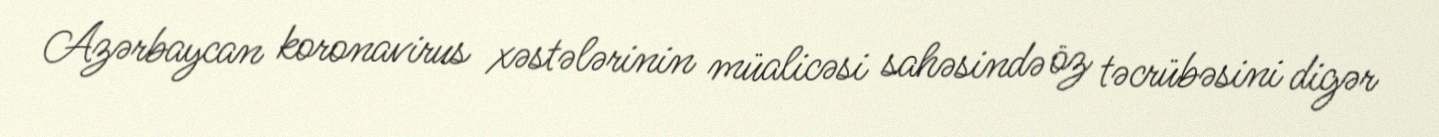
Azərbaycan koronavirus xəstələrinin müalicəsi sahəsində öz təcrübəsini digər